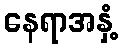
နေရာအနှံ့